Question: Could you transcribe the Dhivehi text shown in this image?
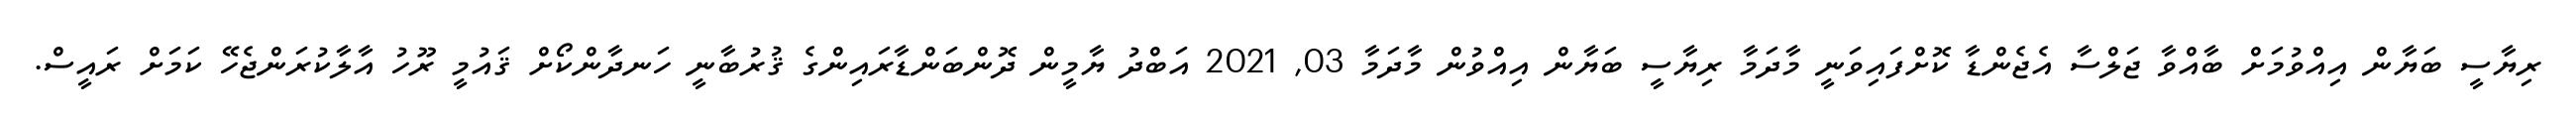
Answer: ރިޔާސީ ބަޔާން އިއްވުމަށް ބާއްވާ ޖަލްސާ އެޖެންޑާ ކޮށްފައިވަނީ މާދަމާ ރިޔާސީ ބަޔާން އިއްވުން މާދަމާ 03, 2021 އަބްދު ޔާމީން ދޮންބަންޑާރައިންގެ ޤުރުބާނީ ހަނދާންކޯށް ޤައުމީ ރޫހު އާލާކުރަންޖެހޭ ކަމަށް ރައީސް.